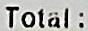
TOTAL: